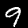
Label: 9